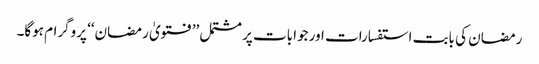
رمضان کی بابت استفسارات اور جوابات پر مشتمل ’’فتویٰ رمضان‘‘ پروگرام ہوگا۔